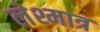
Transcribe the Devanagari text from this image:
लेश्मात्र